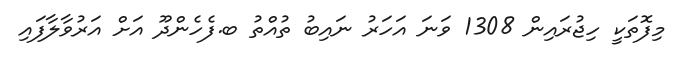
މިފޮތަކީ ހިޖުރައިން 1308 ވަނަ އަހަރު ނައިބު ތުއްތު ބ.ފެހެންދޫ އަށް އަރުވާލާފައި